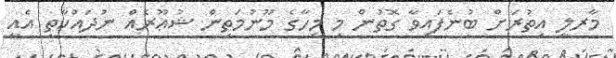
މާރލީ އިތުރަށް ބުނެފައިވާ ގޮތުން މި މީހާގެ މޫނުމަތިން ޝުޢޫރެއް ނުދައްކާތީ އެއީ